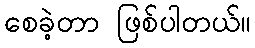
စေခဲ့တာ ဖြစ်ပါတယ်။